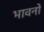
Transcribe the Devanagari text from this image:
भावनो